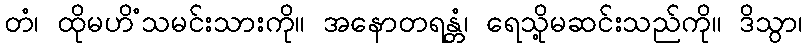
တံ၊ ထိုမဟိံသမင်းသားကို။ အနောတရန္တံ၊ ရေသို့မဆင်းသည်ကို။ ဒိသွာ၊